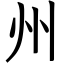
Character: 州